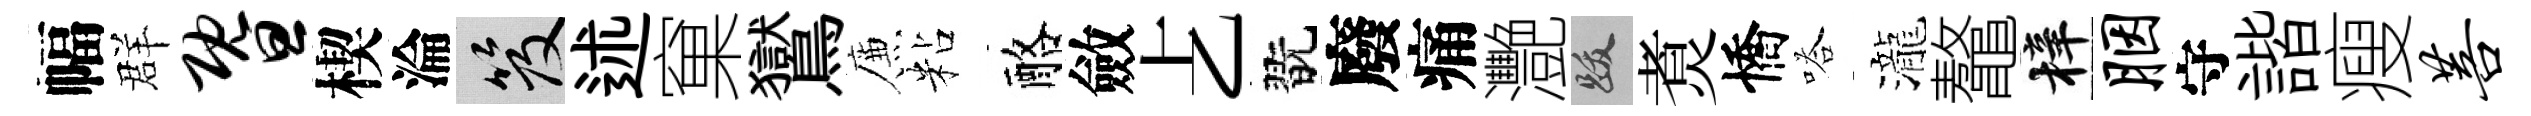
幅群暨楔淪笈述窠鸑簾粘酪斂𠧒翫廢痛灧跋煑憍嗒瀧鼇梓胭守諧瘦菩